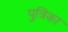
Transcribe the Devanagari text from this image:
पुत्रिका